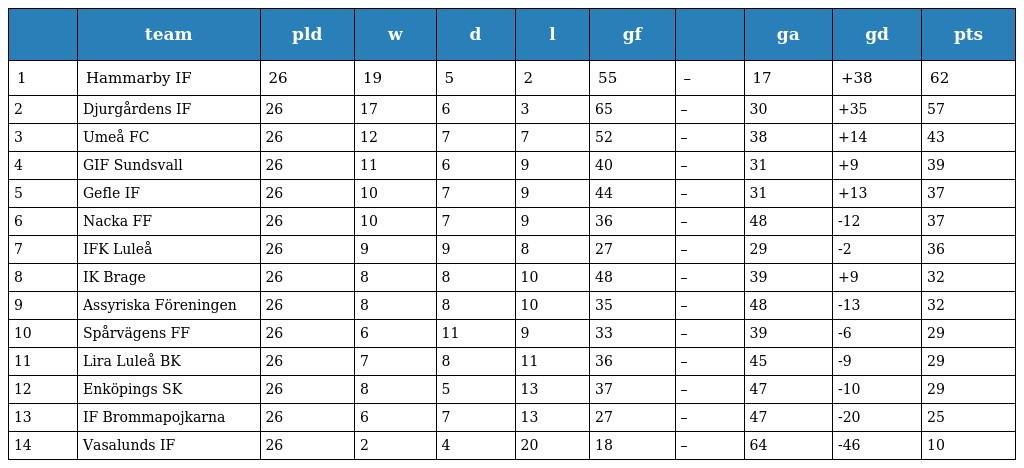
|  | team | pld | w | d | l | gf |  | ga | gd | pts |
 | --- | --- | --- | --- | --- | --- | --- | --- | --- | --- | --- |
 | 1 | Hammarby IF | 26 | 19 | 5 | 2 | 55 | – | 17 | +38 | 62 |
 | 2 | Djurgårdens IF | 26 | 17 | 6 | 3 | 65 | – | 30 | +35 | 57 |
 | 3 | Umeå FC | 26 | 12 | 7 | 7 | 52 | – | 38 | +14 | 43 |
 | 4 | GIF Sundsvall | 26 | 11 | 6 | 9 | 40 | – | 31 | +9 | 39 |
 | 5 | Gefle IF | 26 | 10 | 7 | 9 | 44 | – | 31 | +13 | 37 |
 | 6 | Nacka FF | 26 | 10 | 7 | 9 | 36 | – | 48 | -12 | 37 |
 | 7 | IFK Luleå | 26 | 9 | 9 | 8 | 27 | – | 29 | -2 | 36 |
 | 8 | IK Brage | 26 | 8 | 8 | 10 | 48 | – | 39 | +9 | 32 |
 | 9 | Assyriska Föreningen | 26 | 8 | 8 | 10 | 35 | – | 48 | -13 | 32 |
 | 10 | Spårvägens FF | 26 | 6 | 11 | 9 | 33 | – | 39 | -6 | 29 |
 | 11 | Lira Luleå BK | 26 | 7 | 8 | 11 | 36 | – | 45 | -9 | 29 |
 | 12 | Enköpings SK | 26 | 8 | 5 | 13 | 37 | – | 47 | -10 | 29 |
 | 13 | IF Brommapojkarna | 26 | 6 | 7 | 13 | 27 | – | 47 | -20 | 25 |
 | 14 | Vasalunds IF | 26 | 2 | 4 | 20 | 18 | – | 64 | -46 | 10 |